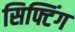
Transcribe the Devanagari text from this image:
सिफ्टिंग